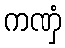
ကဏှံ